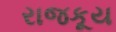
રાજકૂય